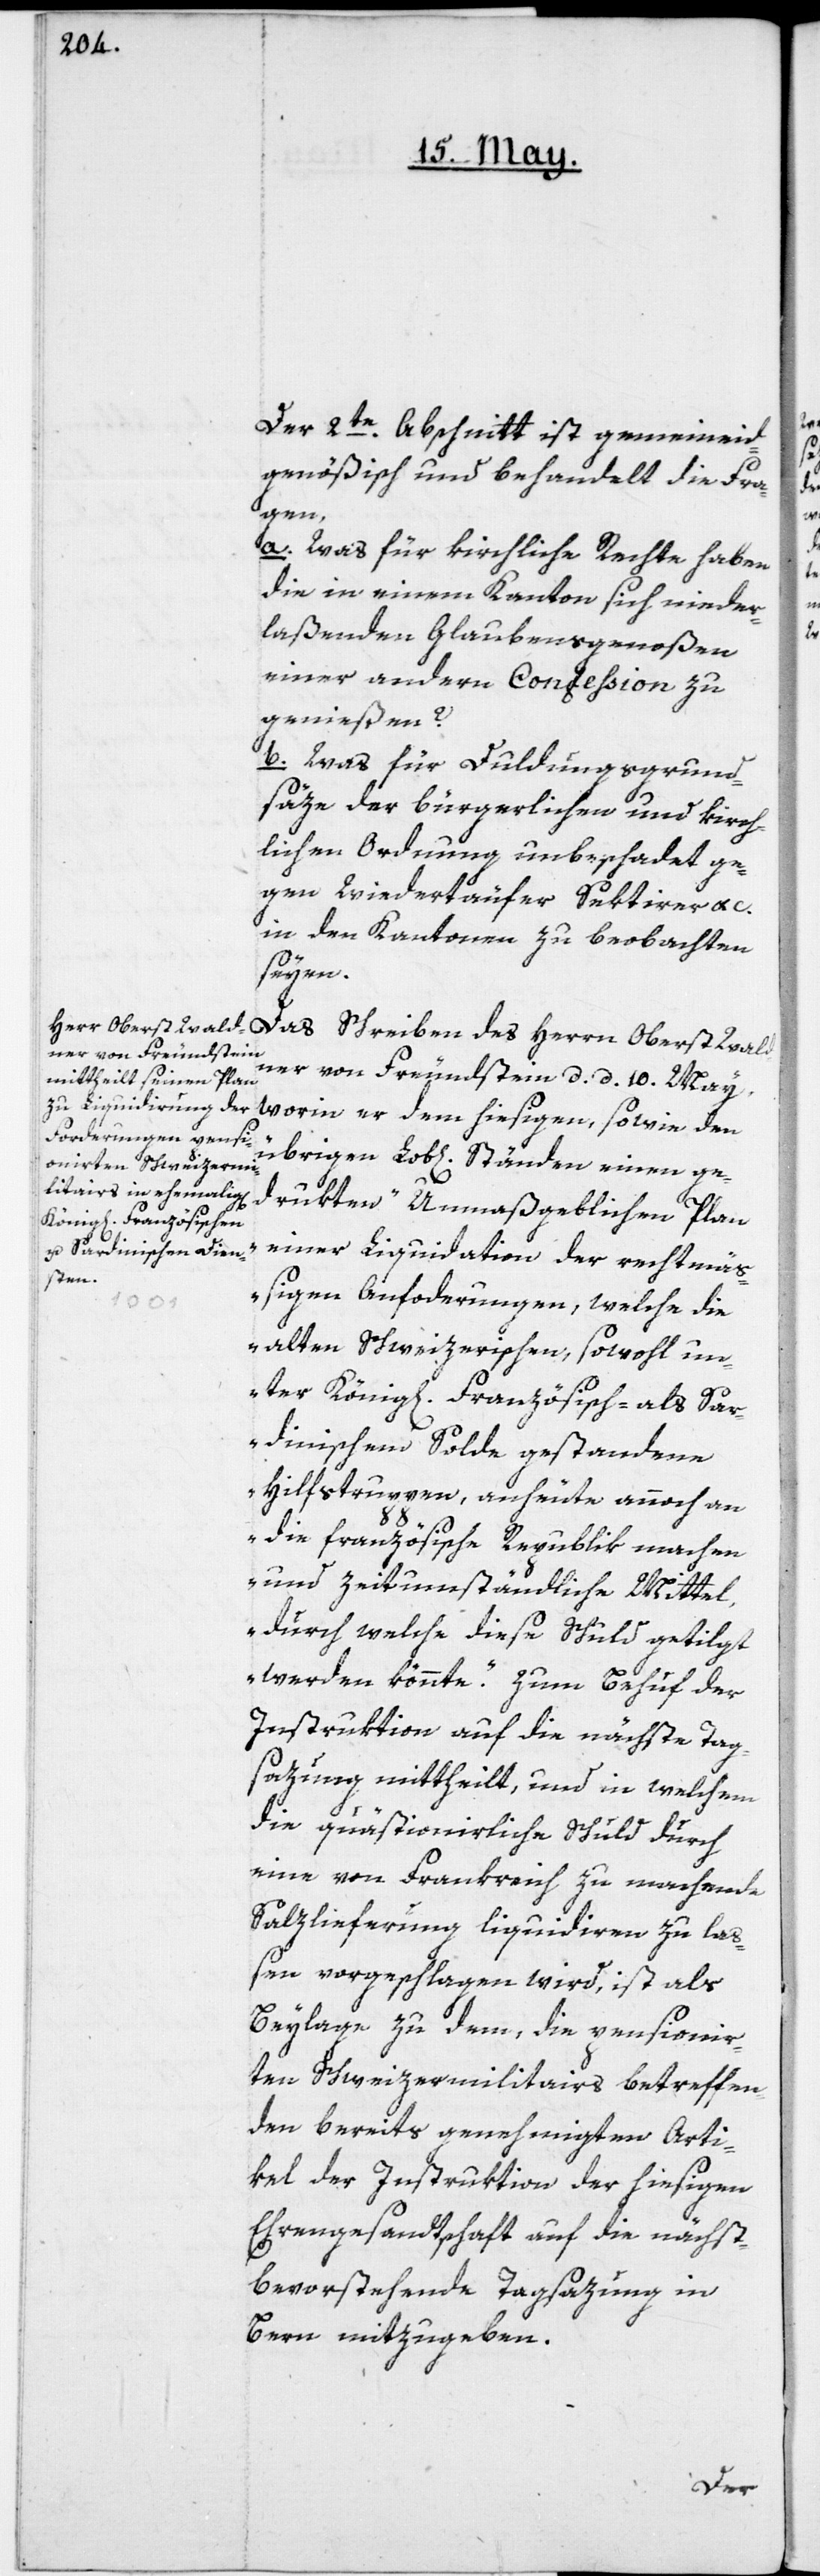
Der 2ten Abschnitt ist gemeineid¬
genößisch und behandelt die Fra¬
gen,
a. Was für kirchliche Rechte haben
die in einem Kanton sich nieder¬
laßenden Glaubensgenoßen
einer andern Confession zu
genießen?
b. Was für Duldungsgrund¬
säze der bürgerlichen und kirch¬
lichen Ordnung, unbeschadet ge¬
gen Wiedertäufer, Sektirer etc.
in den Kantonen zu beobachten
seyen.
Das Schreiben des Herrn Oberst Wald¬
ner von Freundstein, d. d. 10. May,
worin er dem hiesigen sowie den
übrigen Lob[lichen] Ständen einen ge¬
drukten „Unmaßgeblichen Plan
einer Liquidation der rechtmäß¬
igen Anforderungen, welche die
alten Schweizerischen, sowohl un¬
ter König[lichen] Französisch- als sar¬
dinischem Solde gestandene
Hilfstruppen, an heute annoch an
die französische Republik machen
und zeitumständliche Mittel,
durch welche diese Schuld getilgt
werden könnte“, zum Behuf der
Instruktion auf die nächste Tag¬
sazung mittheilt, und in welchem
die quästionirliche Schuld durch
eine von Frankreich zu machende
Salzlieferung liquidiren zu laß¬
en vorgeschlagen wird, ist als
Beylage zu dem, die pensionir¬
ten Schweizermilitairs betreffen¬
den bereits genehmigten Arti¬
kel der Instruktion der hiesigen
Ehrengesandtschaft auf die nächst
bevorstehende Tagsazung in
Bern mitzugeben.